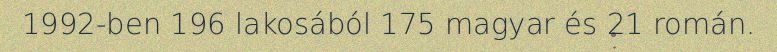
1992-ben 196 lakosából 175 magyar és 21 román.